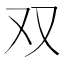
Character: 双